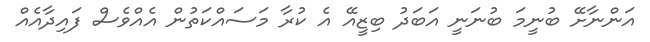
އަންނާށޭ ބުނީމަ ބުނަނީ އަބަދު ބިޒީއޭ އެ ކުރާ މަސައްކަތުން އެއްވެސް ފައިދާއެއް